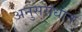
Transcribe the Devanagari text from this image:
अनुससंधान